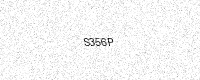
Text: S356P